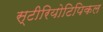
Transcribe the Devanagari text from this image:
स्टीरियोटिपिकल